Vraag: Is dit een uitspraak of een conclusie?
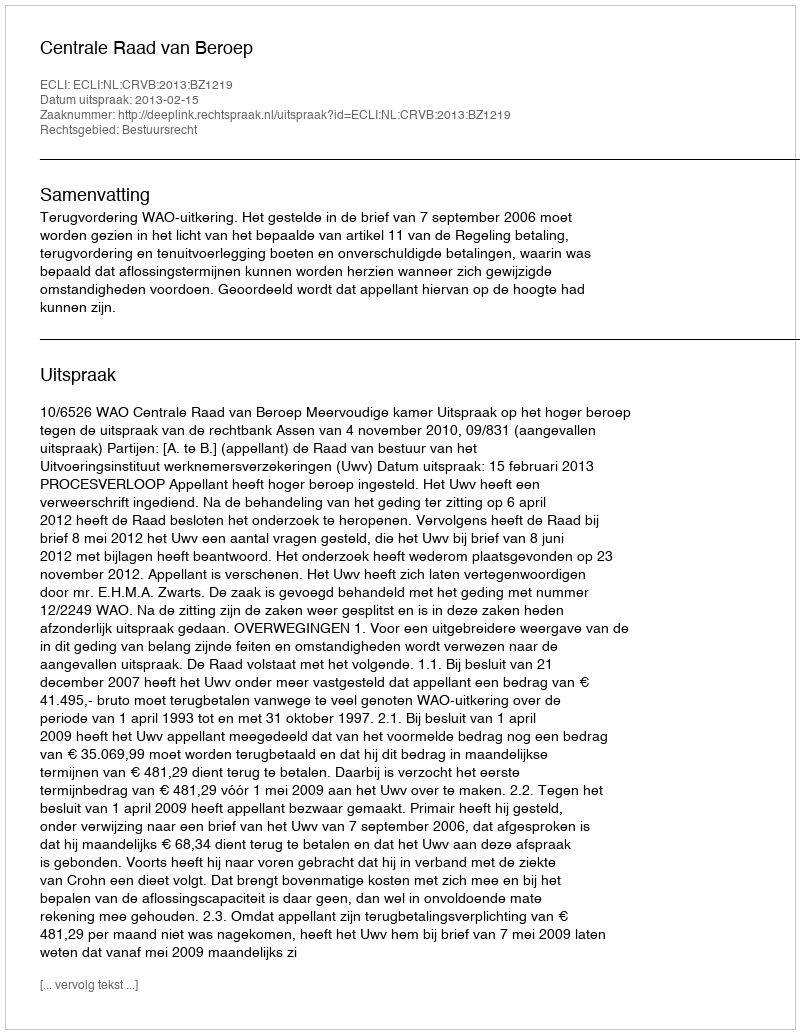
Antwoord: Uitspraak